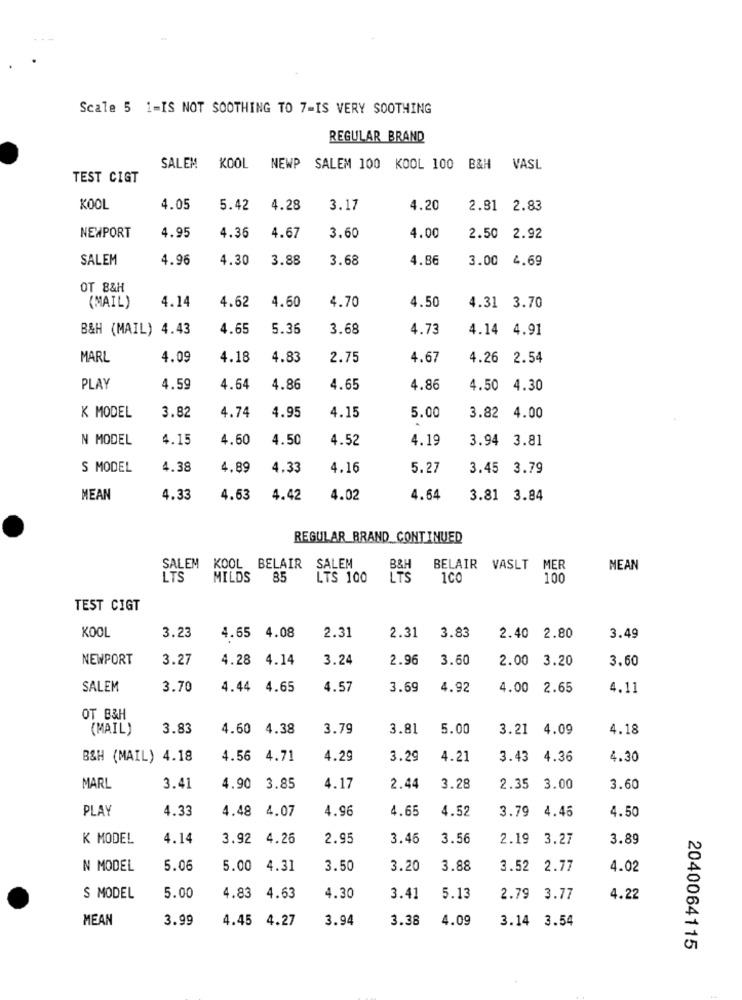
Scale 5 1-IS NOT SOOTHING TO 7=IS VERY SOOTHING
REGULAR BRAND
SALEM
KOOL
NEWP
SALEM 100 KOOL 100 B&H VASL
TEST CIGT
KOOL
4.05
5.42
4.28
3.17
4.20
2.81 2.83
4.35
3.60
4.00
NEWPORT
4.95
4.67
2.50 2.92
SALEM
4.96
4.30
3.88
3.68
4.86
3.00
4.69
OT B&H
4.14
4.60
4.70
4.50
(MAIL)
4.62
4.31 3.70
B&H (MAIL) 4.43
4.65
5.36
3.68
4.73
4.14 4.91
MARL
4.09
4.18
4.83
2.75
4.67
4.26 2.54
PLAY
4.59
4.64
4.86
4.65
4.86
4.50 4.30
K MODEL
3.82
4.74
4.95
4.15
5.00
3.82
4.00
N MODEL
4.15
4.50
4.50
4.52
4.19
3.94 3.81
S MODEL
4.38
4.89
4.33
4.16
5.27
3.45 3.79
MEAN
4.33
4.63
4.42
4.02
4.64
3.81 3.84
REGULAR BRAND CONTINUED
SALEM KOOL BELAIR
SALEM
B&H
BELAIR VASLT MER
NEAN
LTS
MILDS
85
LTS 100
LTS
100
TEST CIGT
KOOL
3.23
4.65 4.08
2.31
2.31
3.83
2.40 2.80
3.49
NEWPORT
3.27
4.28 4.14
3.24
2.96
3.60
2.00 3.20
3.60
SALEM
3.70
4.44 4.65
4.57
3.69
4.92
4.00 2.65
4.11
OT B&H
(MAIL)
3.83
4.60 4.38
3.79
3.81
5.00
3.21
4.09
4.18
B&H (MAIL) 4.18
4.56 4.71
4.29
3.29
4.21
3.43 4.36
4.30
MARL
3.41
4.90 3.85
4.17
2.44
3.28
2.35 3.00
3.60
PLAY
4.33
4.48 4.07
4.96
4.65
4.52
3.79 4.45
4.50
K MODEL
4.14
3.92
4.26
2.95
3.46
3.56
2.19
3.27
3.89
N MODEL
5.06
5.00 4.31
3.50
3.20
3.88
3.52 2.77
4.02
S MODEL
5.00
4.83
4.63
4.30
3.41
5.13
2.79
3.77
4.22
MEAN
3.99
4.45 4.27
3.94
3.38
4.09
3.14 3.54
2040064115